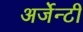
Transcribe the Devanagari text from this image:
अर्जेन्टी